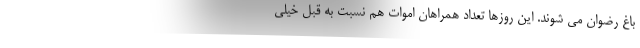
باغ رضوان می شوند. این روزها تعداد همراهان اموات هم نسبت به قبل خیلی